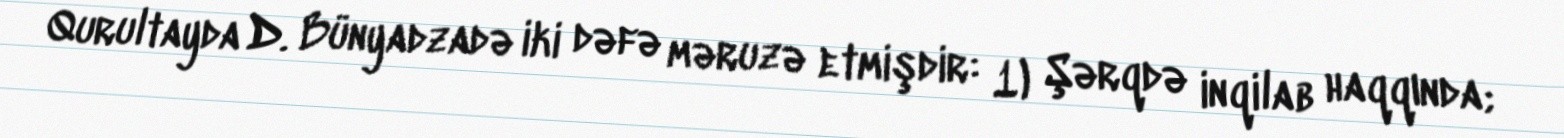
Qurultayda D. Bünyadzadə iki dəfə məruzə etmişdir: 1) Şərqdə inqilab haqqında;